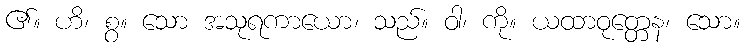
၏။ ဟိ၊ စွ။ သော အသုရကာယော၊ သည်။ ဝါ၊ ကို။ ယထာဝုတ္တေန၊ သော။